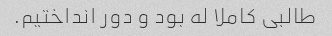
طالبی کاملا له بود و دور انداختیم.